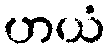
ဟယံ